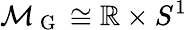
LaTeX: \mathcal{M}_{\mathrm{~G~}}\cong\mathbb{R}\times S^{1}